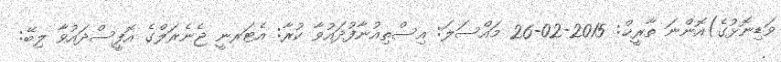
ވަޑިނޮޅުގެ)އޮންނަ ތާރީޚް: 2015-02-26 މައްސަލަ: އިސްތިއުނާފުދައުވާ ކުރާ: އެޓަރނީ ޖެނެރަލްގެ އޮފީސްދައުވާ ލިބޭ: